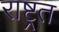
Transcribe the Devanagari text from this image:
राष्ट्रत